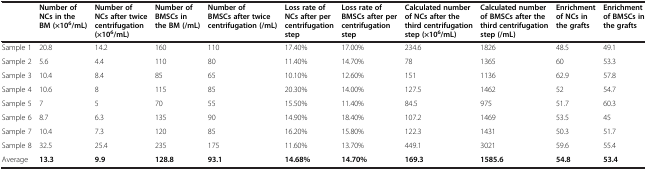
|  | Number of NCs in the BM (×106/mL) | Number of NCs after twice centrifugation (×106/mL) | Number of BMSCs in the BM (/mL) | Number of BMSCs after twice centrifugation (/mL) | Loss rate of NCs after per centrifugation step | Loss rate of BMSCs after per centrifugation step | Calculated number of NCs after the third centrifugation step (×106/mL) | Calculated number of BMSCs after the third centrifugation step (/mL) | Enrichment of NCs in the grafts | Enrichment of BMSCs in the grafts |
 | --- | --- | --- | --- | --- | --- | --- | --- | --- | --- | --- |
 | Sample 1 | 20.8 | 14.2 | 160 | 110 | 17.40% | 17.00% | 234.6 | 1826 | 48.5 | 49.1 |
 | Sample 2 | 5.6 | 4.4 | 110 | 80 | 11.40% | 14.70% | 78 | 1365 | 60 | 53.3 |
 | Sample 3 | 10.4 | 8.4 | 85 | 65 | 10.10% | 12.60% | 151 | 1136 | 62.9 | 57.8 |
 | Sample 4 | 10.6 | 8 | 115 | 85 | 20.30% | 14.00% | 127.5 | 1462 | 52 | 54.7 |
 | Sample 5 | 7 | 5 | 70 | 55 | 15.50% | 11.40% | 84.5 | 975 | 51.7 | 60.3 |
 | Sample 6 | 8.7 | 6.3 | 135 | 90 | 14.90% | 18.40% | 107.2 | 1469 | 53.5 | 45 |
 | Sample 7 | 10.4 | 7.3 | 120 | 85 | 16.20% | 15.80% | 122.3 | 1431 | 50.3 | 51.7 |
 | Sample 8 | 32.5 | 25.4 | 235 | 175 | 11.60% | 13.70% | 449.1 | 3021 | 59.6 | 55.4 |
 | Average | 13.3 | 9.9 | 128.8 | 93.1 | 14.68% | 14.70% | 169.3 | 1585.6 | 54.8 | 53.4 |